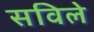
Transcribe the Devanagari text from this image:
सविले